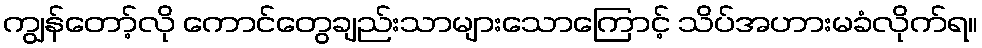
ကျွန်တော့်လို ကောင်တွေချည်းသာများသောကြောင့် သိပ်အဟားမခံလိုက်ရ။